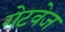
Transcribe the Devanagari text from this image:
गेटवेज